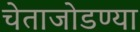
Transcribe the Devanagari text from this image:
चेताजोडण्या